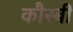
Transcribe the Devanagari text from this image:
कौस्बी